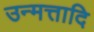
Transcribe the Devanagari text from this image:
उन्मत्तादि